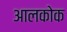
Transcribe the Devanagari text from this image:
आलकोक